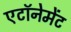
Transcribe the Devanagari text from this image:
एटॉनेमेंट